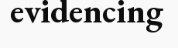
evidencing